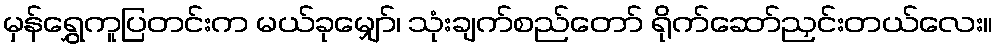
မှန်ရွှေကူပြတင်းက မယ်ခုမျှော်၊ သုံးချက်စည်တော် ရိုက်ဆော်ညှင်းတယ်လေး။